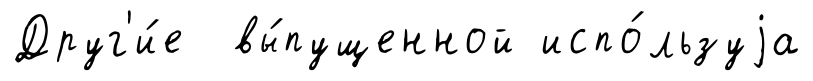
Друг'и́е вы́пущенной испо́льзуjа